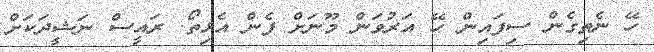
ހޭ ނެތިގެން ސިފައިން ހޭ އަރުވަން މޫނަށް ފެން އެޅިތޯ. ރައީސް ނަޝީދަކަށް